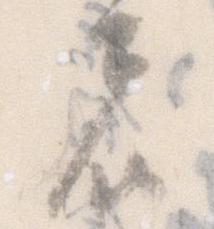
者